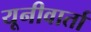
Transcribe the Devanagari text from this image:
यूनीवार्ता